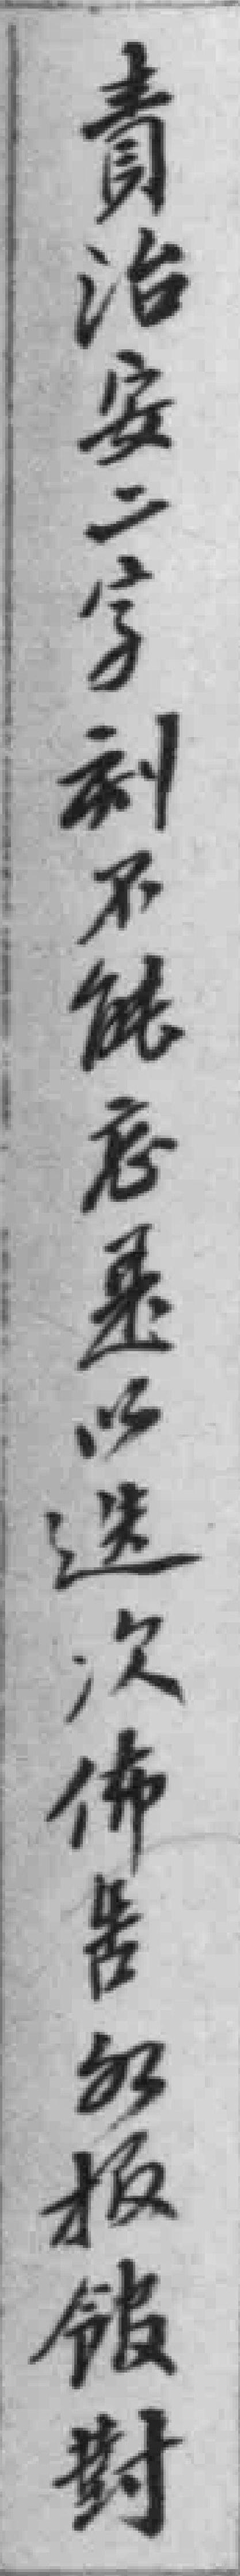
責治安二字刻不能忘是以迭次佈告各報館對